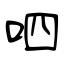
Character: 呬